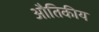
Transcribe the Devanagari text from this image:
औतिकीय